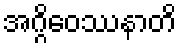
အဂ္ဂိဝေဿနာတိ